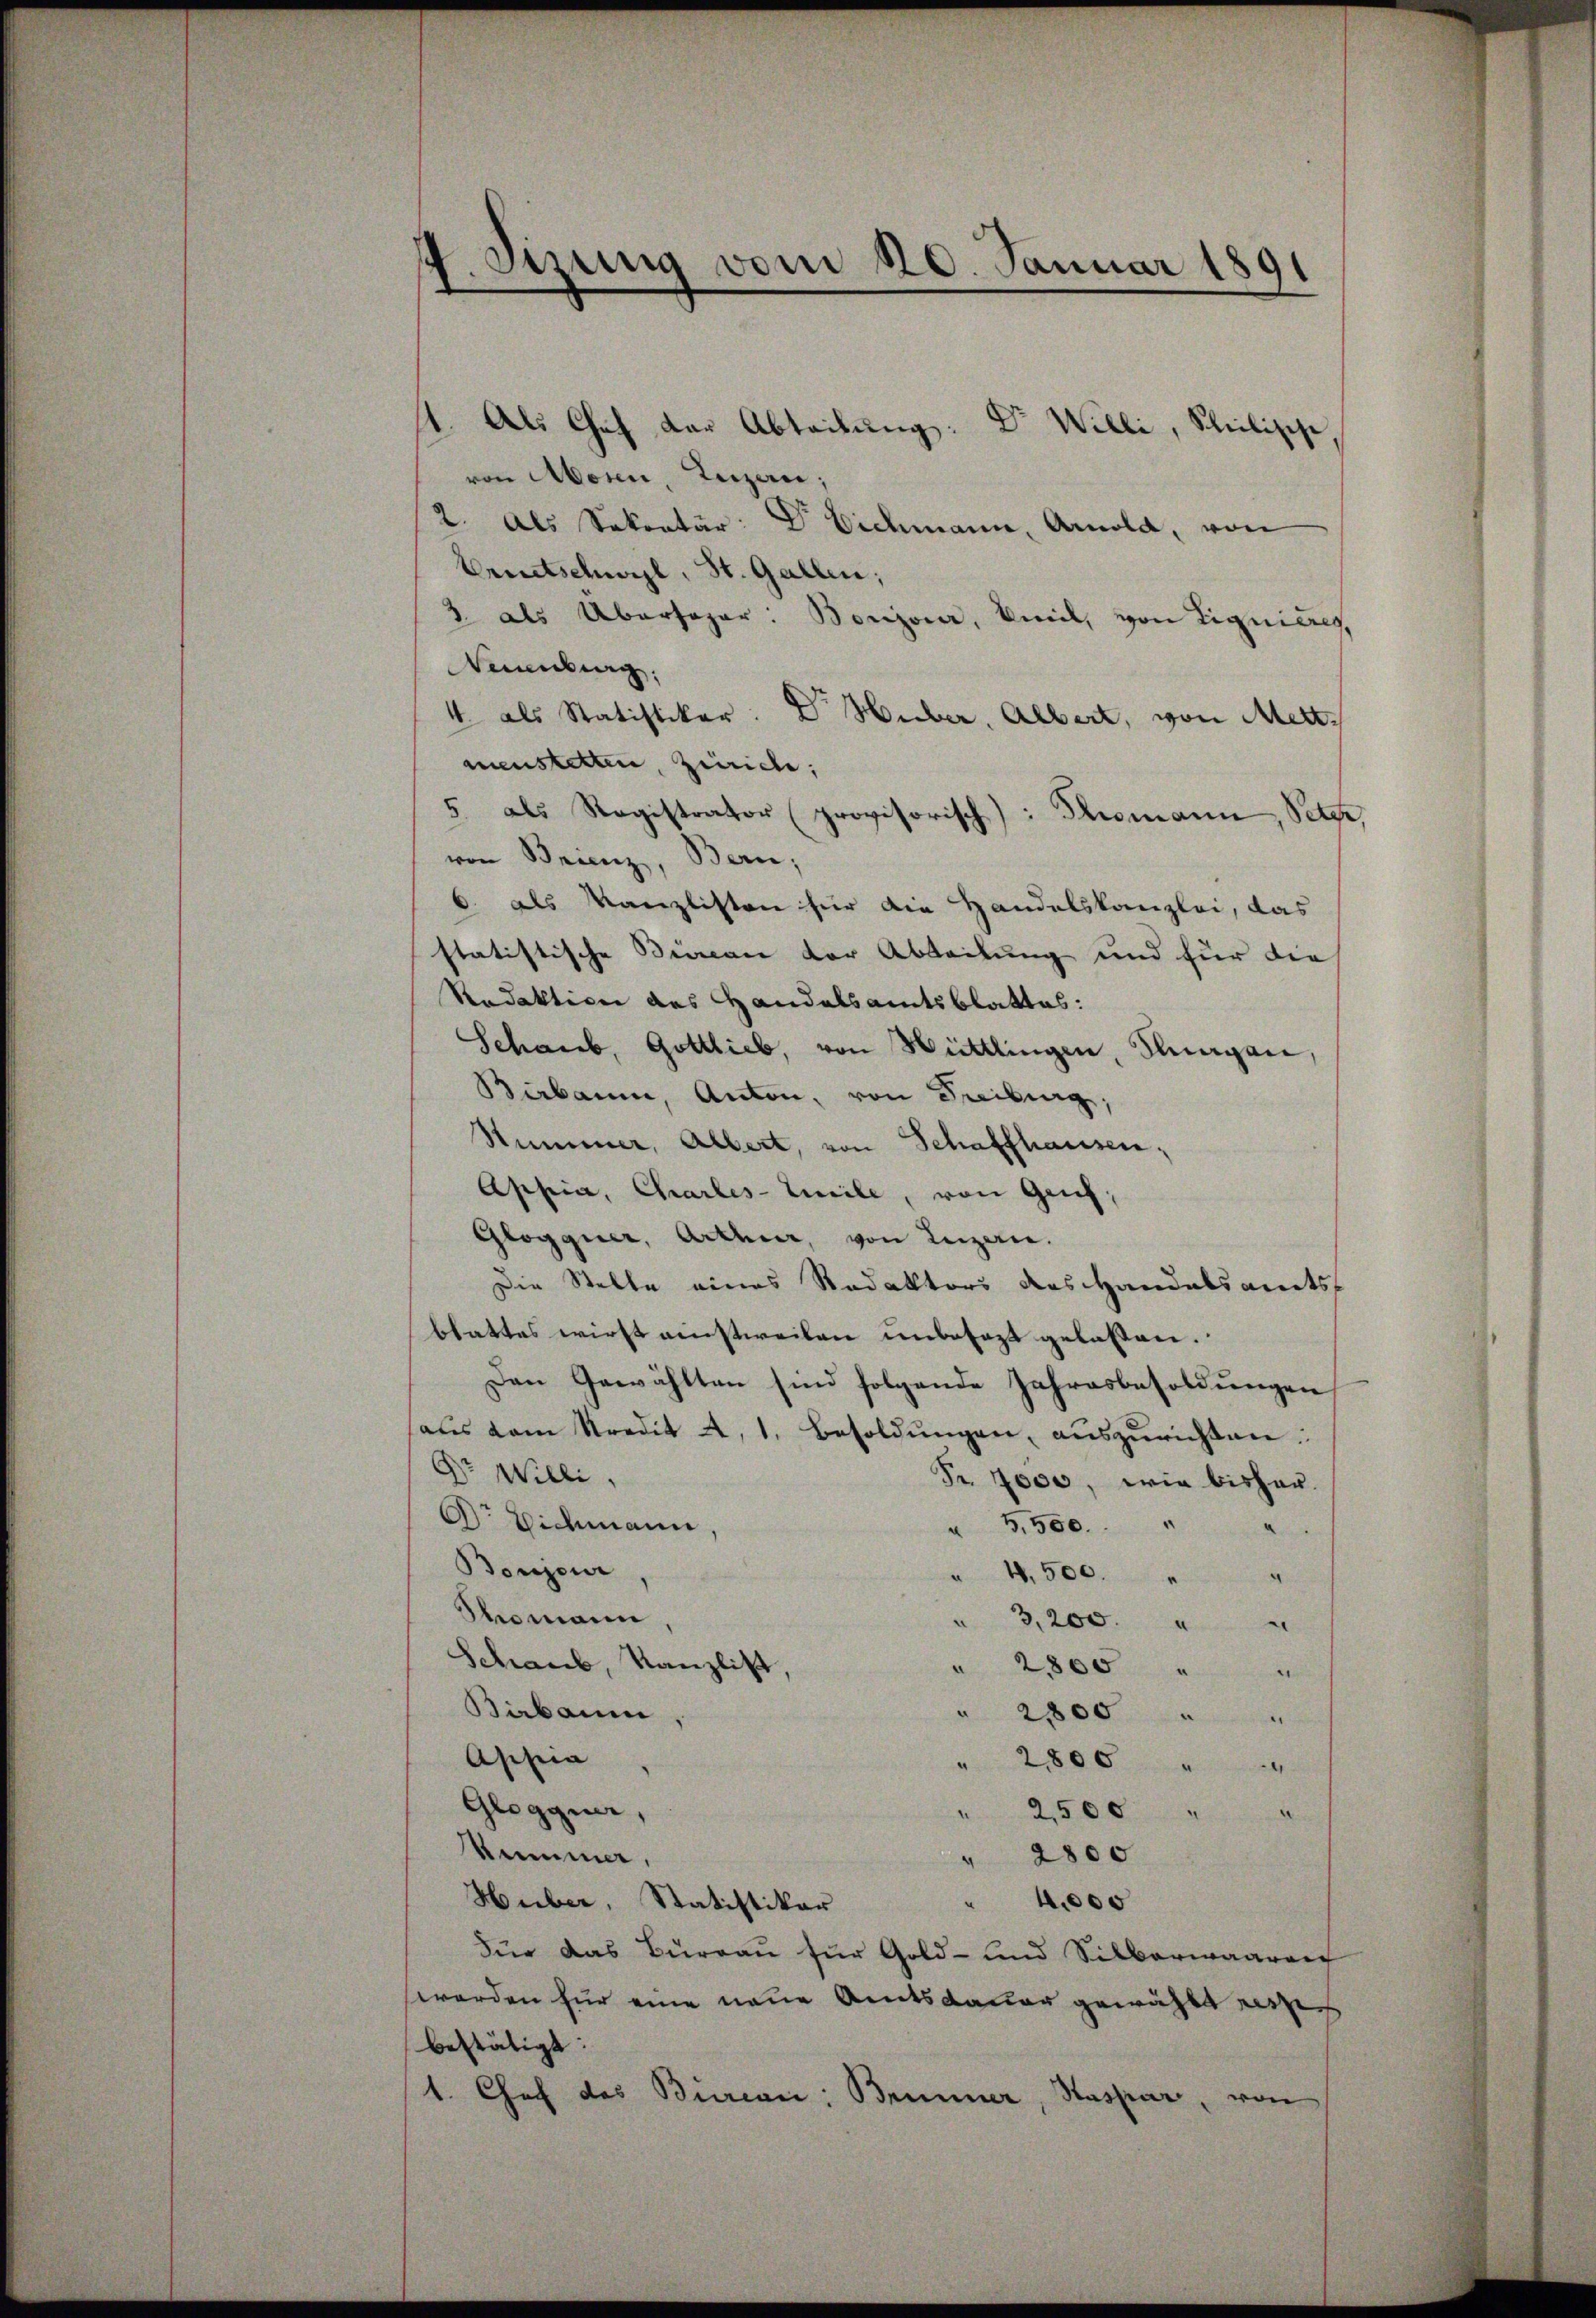
Sizung vom 20. Januar 1891

1. Als Chef der Abteilung: Dr. Willi, Seelische
von Aosen, Luzern;
2. Als Sokontär: Dr. Eichmann, Arnold, von
Eruetschwil, St. Gallen;
3 als Übersogar: Bonzona, Biel, von Ligniereg
Namburg.
4 als Statistiker: Dr. Huber, Albert, von Mettmenstetten, Zürich;
5 als Registrator provisorisch): Thomann, Peter,
von Brienz, Bern;
6. als Kanzlisten für die Handelskanzlei, das
statistische Bieran der Abteilung und für die
Redaktion des Handelsamtsblattes:
Schaub, Gottlieb, von Mittlingen, Klagen,
Bibaum, Anton, von Freiburg,
Stummer, Albert, von Schaffhausen,
Appia, Charles-Weile, von Genf.
Glogguer, Arthier, von Luzern.
Die Stelle eines Redaktors des Handelsamts
blattes wirst einstweilen unbesezt gelassen.
Den Gewählten sind folgende Jahresbesoldungen
aŭs dem Kredit a, 1. Besoldŭngen, aŭszŭrichten.
Dr Willi,
Fr. 7000, wie bisher.
Dr Eichmann
" 5,500. " "
Boujour
" 4,500.
4
Thomann
3,200. " "
Schaub, Kanzlist,
" 2800 " "
Bibaum
" 2800 " "
Appia
" 2800 "
4
Glogguer,
" 2500 "
2
Remme,
" 2800
Huber, Statistikar
" 4000
Für das Büreau für Gold- und Silberwaaren
werden für eine neue Amtsdauer gewählt werden
bestätigt:
1. Chef des Büreaii: Brunner, Hassar, von